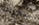
سكرانا